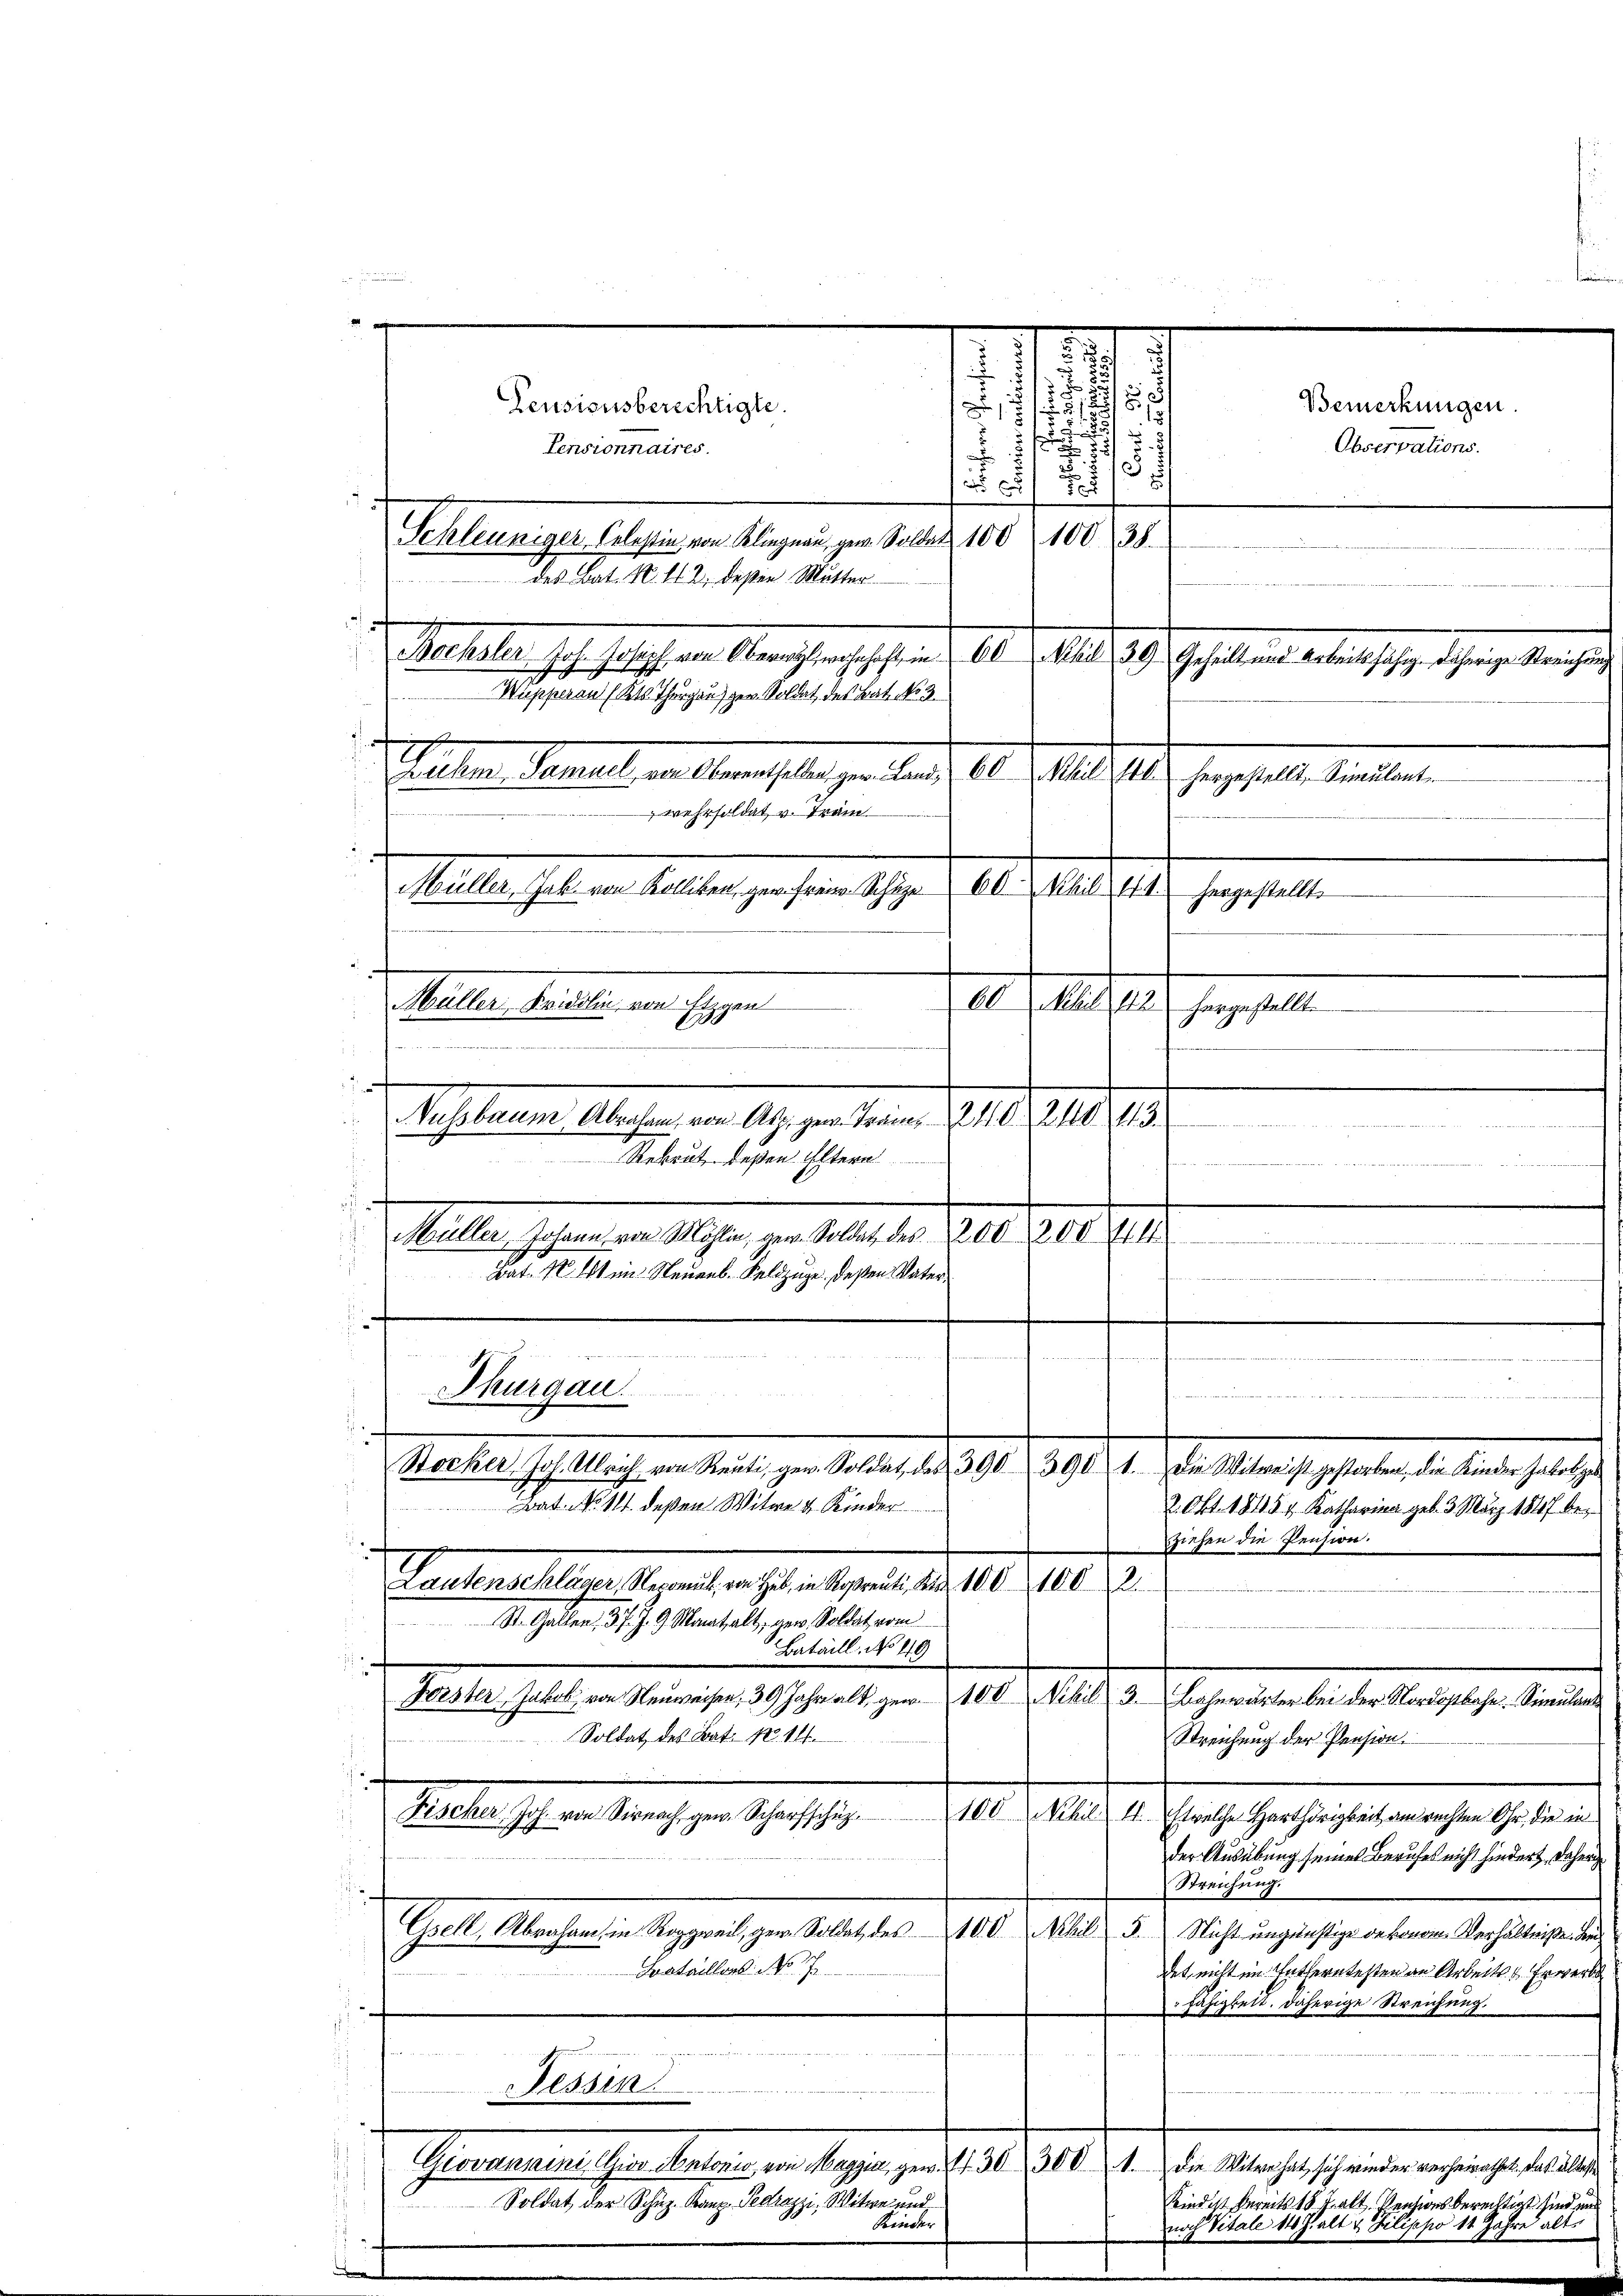
wehrsoldat v. Tram

1

u
8
s
.
Pensionnaires.
.
5
2

d
Schleuniger Celestin von Klingnau, gew. Soldat 100 100 38
des Bat. N. 112, deßen Mutter
d. Gehalten 10. Ja es an Menschlach eine 10. Mai 189. Gehaltenen der sehr den getan hier
h
Wupperan (Kts Thurgau ger. Soldat des Bat. No 3
1
Ruhm Samuel von Oberenthalten ger. Land, 60 Nihil 410. hergestellt, Sinŭlant

Müller, Jak von Kolliken ger. Freie Schuze 60 Schil 4. d.
hergestellt.
.
1. r. es der Frage 1811.
Mahler Seiten in ihren
A

ussbaume Abraham von Asp. gew. Tram 10. 240
.
Rekrut deßen Eltern
n
d
Müller, Johann von Möhlin, gew. Soldat des 200, 200 (14

Bat. N. et in Steuerb. Feldzüge, deßen Vater¬

Thurgau
n

 Garten haftlich an Seite der Meile 1809. 1890 f. Stellung gehalten an der ehelichen
Bat. No 111. deßen Witwe d. Kinder
2. Okt. 1815 u Katharina geb. 3. März 1847 beziehen die Pension.
Gachnellige Regelten . . . . . . 10. 100
St. Gallen: 37. J. 9. Maitalt, gew. Soldat vom
Bataill. No 49

2

Pensionsberechtigte.

Soldat des Bat. N. 11.
Streichung der Pension.
der Ausübung seines Berufes nicht hindert, daher
Streichung.
Theilte Machen in Mariat zur Belasten 10. d. M.
3. Nicht ungünstige Dekonom Verhältniße den
Bataillons No 17.
det, nicht im Entferntesten an Arbeits- & Erwerb
Fähigkeit. Daherige Streichung.

                 17. 1823.

Lehren

Soldat der Schuz. Kanz-Pedrazzi, Witwe und

Giovannini CGio Antonio von Maggia, gew. 27. 30300.

Kinder

i
u
t
u

Fischer Joh. von Sirnach gew. Scharfschüz 100 Nihil 11. etwelche Harthörigkeit am rechten Ohr, die in

Forster Jakob von Neuweisen, 39 Jahr alt, ger. 100 Nihil 3. Bahnwärter bei der Nordostbahn. Simulant

Bemerkungen.
Observations.

Kind ist bereits 18 J. alt. Pensionsberechtigt sind un
nach Vitale 14 halt & Silippo 11 Jahre alt

Die Witwe hat sich wieder verheirathet. Das ältest